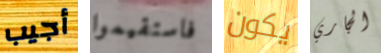
أجيب فاستقيموا يكون الجاري